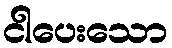
ငါပေးသော